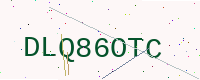
Text: DLQ86OTC